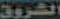
الشروق